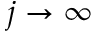
j \to \infty